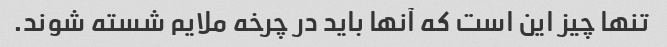
تنها چیز این است که آنها باید در چرخه ملایم شسته شوند.